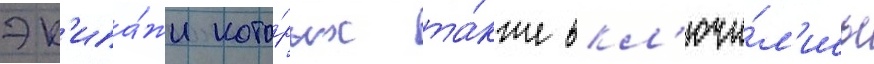
эк'ипа́жи кото́рых та́кже вкл'ючи́л'ись